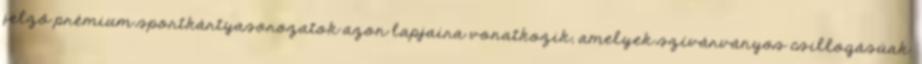
jelző prémium sportkártyasorozatok azon lapjaira vonatkozik, amelyek szívárványos csillogásúak.